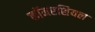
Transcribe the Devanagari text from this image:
कॉमरशियल